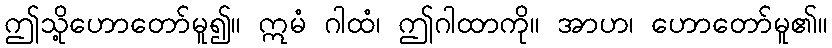
ဤသို့ဟောတော်မူ၍။ ဣမံ ဂါထံ၊ ဤဂါထာကို။ အာဟ၊ ဟောတော်မူ၏။